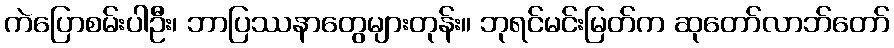
ကဲပြောစမ်းပါဦး၊ ဘာပြဿနာတွေများတုန်း။ ဘုရင်မင်းမြတ်က ဆုတော်လာဘ်တော်